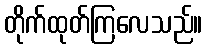
တိုက်ထုတ်ကြလေသည်။